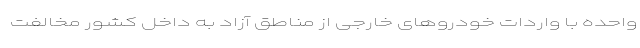
واحده با واردات خودروهای خارجی از مناطق آزاد به داخل کشور مخالفت